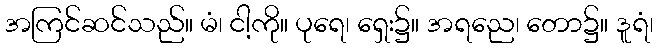
အကြင်ဆင်သည်။ မံ၊ ငါ့ကို။ ပုရေ၊ ရှေး၌။ အရညေ၊ တော၌။ ဒူရံ၊